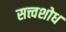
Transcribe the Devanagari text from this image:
सत्त्वशोध